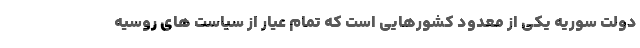
دولت سوریه یکی از معدود کشورهایی است که تمام عیار از سیاست های روسیه